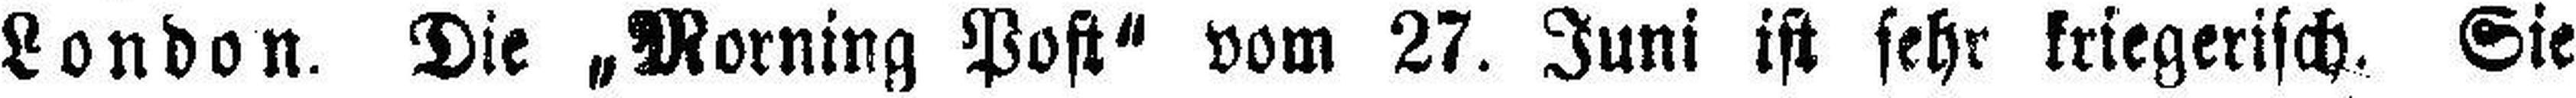
London. Die „Morning Post“ vom 27. Juni ist sehr kriegerisch. Sie